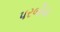
પરબીયા